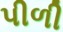
પીળી